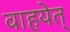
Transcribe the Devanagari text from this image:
वाहयेत्